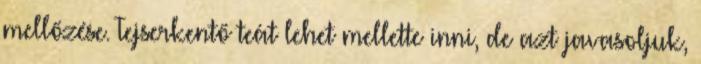
mellőzése. Tejserkentő teát lehet mellette inni, de azt javasoljuk,